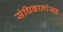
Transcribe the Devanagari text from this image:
संधिकालांसह